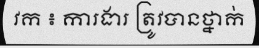
វក ៖ ការងារ ត្រូវបានថ្នាក់